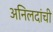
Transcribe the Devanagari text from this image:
अनिलदांची